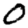
Digit: 0